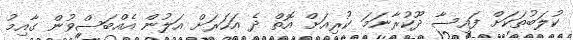
ކުލަބުތަކަށް ފައިސާ ދޫކުރާނަމަ ކުރިއަށް އޮތް ދެ އަހަރަށް އަލުން އެއްބަސްވުން ގާއިމު